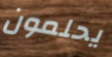
يحلمون